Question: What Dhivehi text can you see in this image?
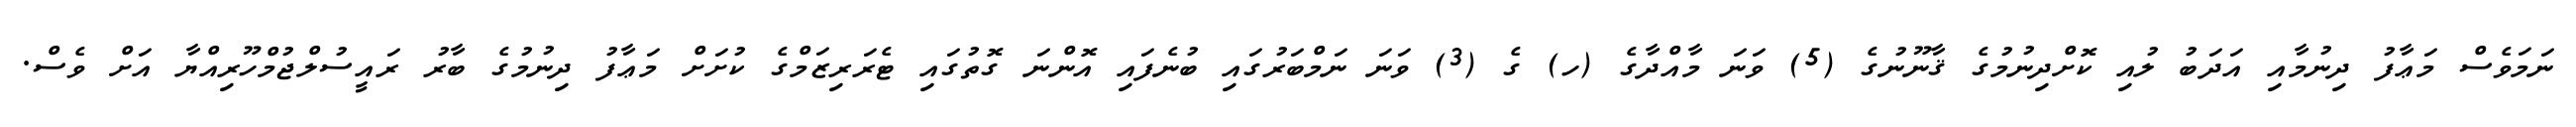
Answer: ނަމަވެސް މަޢާފު ދިނުމާއި އަދަބު ލުއި ކޮށްދިނުމުގެ ޤާނޫނުގެ (5) ވަނަ މާއްދާގެ (ހ) ގެ (3) ވަނަ ނަމްބަރުގައި ބުނެފައި އޮންނަ ގޮތުގައި ޓެރަރިޒަމްގެ ކުށަށް މަޢާފު ދިނުމުގެ ބާރު ރައީސުލްޖުމްހޫރިއްޔާ އަށް ވެސް.